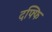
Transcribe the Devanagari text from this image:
दफ्फि